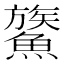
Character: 𩺯